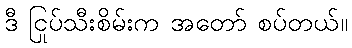
ဒီ ငြုပ်သီးစိမ်းက အတော် စပ်တယ်။